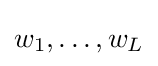
{\textstyle w_{1},\dots ,w_{L}}